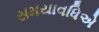
સમયાવધિએ